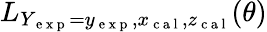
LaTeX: L_{Y_{\mathrm{~e~x~p~}}=y_{\mathrm{~e~x~p~}},x_{\mathrm{~c~a~l~}},z_{\mathrm{~c~a~l~}}}(\theta)